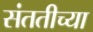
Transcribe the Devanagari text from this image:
संततीच्या